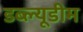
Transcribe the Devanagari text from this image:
डब्ल्यूडीम